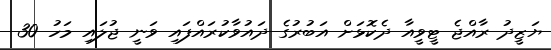
ޔަޒީދު ރާއްޖެ ޓީވީއާ ދެކޮޅަށް އަބުރުގެ ދައުވާކުރައްފައި ވަނީ ޖުލައި މަހު 30